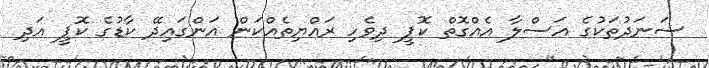
ސަނަދުތަކުގެ އަސްލާ އެއްގޮތް ކޮޕީ ދިވެހި ރައްޔިތެއްކަން އަންގައިދޭ ކާޑުގެ ކޮޕީ އަދި